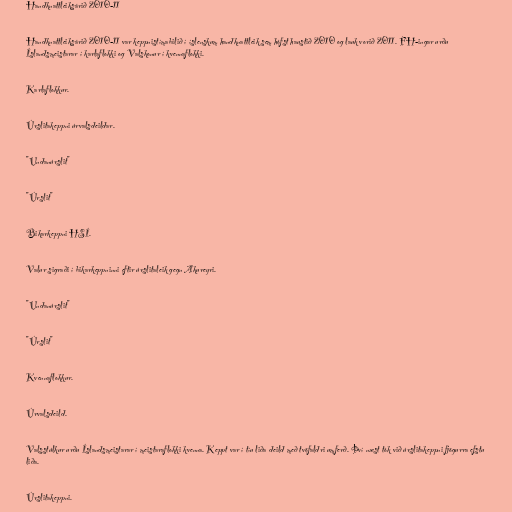
Handknattleiksárið 2010-11

Handknattleiksárið 2010-11 var keppnistímabilið í íslenskum handknattleik sem hófst haustið 2010 og lauk vorið 2011. FH-ingar urðu
Íslandsmeistarar í karlaflokki og Valskonur í kvennaflokki.

Karlaflokkur.

Úrslitakeppni úrvalsdeildar.

"Undanúrslit"

"Úrslit"

Bikarkeppni HSÍ.

Valur sigraði í bikarkeppninni eftir úrslitaleik gegn Akureyri.

"Undanúrslit"

"Úrslit"

Kvennaflokkur.

Úrvalsdeild.

Valsstúlkur urðu Íslandsmeistarar í meistaraflokki kvenna. Keppt var í tíu liða deild með tvöfaldri umferð. Því næst tók við úrslitakeppni fjögurra efstu
liða.

Úrslitakeppni.